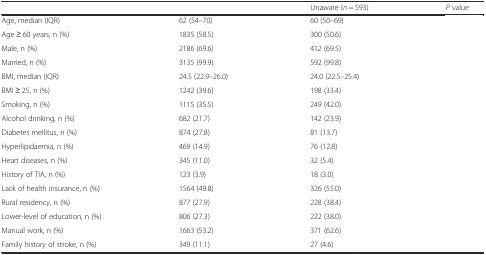
<table><thead><tr><td>[EMPTY_CELL]</td><td>[EMPTY_CELL]</td><td><b>Unaware (<i>n</i> = 593)</b></td><td><b><i>P</i> value</b></td></tr></thead><tbody><tr><td>Age, median (IQR)</td><td>62 (54–70)</td><td>60 (50–69)</td><td>[EMPTY_CELL]</td></tr><tr><td>Age ≥ 60 years, n (%)</td><td>1835 (58.5)</td><td>300 (50.6)</td><td>[EMPTY_CELL]</td></tr><tr><td>Male, n (%)</td><td>2186 (69.6)</td><td>412 (69.5)</td><td>[EMPTY_CELL]</td></tr><tr><td>Married, n (%)</td><td>3135 (99.9)</td><td>592 (99.8)</td><td>[EMPTY_CELL]</td></tr><tr><td>BMI, median (IQR)</td><td>24.5 (22.9–26.0)</td><td>24.0 (22.5–25.4)</td><td>[EMPTY_CELL]</td></tr><tr><td>BMI ≥ 25, n (%)</td><td>1242 (39.6)</td><td>198 (33.4)</td><td>[EMPTY_CELL]</td></tr><tr><td>Smoking, n (%)</td><td>1115 (35.5)</td><td>249 (42.0)</td><td>[EMPTY_CELL]</td></tr><tr><td>Alcohol drinking, n (%)</td><td>682 (21.7)</td><td>142 (23.9)</td><td>[EMPTY_CELL]</td></tr><tr><td>Diabetes mellitus, n (%)</td><td>874 (27.8)</td><td>81 (13.7)</td><td>[EMPTY_CELL]</td></tr><tr><td>Hyperlipidaemia, n (%)</td><td>469 (14.9)</td><td>76 (12.8)</td><td>[EMPTY_CELL]</td></tr><tr><td>Heart diseases, n (%)</td><td>345 (11.0)</td><td>32 (5.4)</td><td>[EMPTY_CELL]</td></tr><tr><td>History of TIA, n (%)</td><td>123 (3.9)</td><td>18 (3.0)</td><td>[EMPTY_CELL]</td></tr><tr><td>Lack of health insurance, n (%)</td><td>1564 (49.8)</td><td>326 (55.0)</td><td>[EMPTY_CELL]</td></tr><tr><td>Rural residency, n (%)</td><td>877 (27.9)</td><td>228 (38.4)</td><td>[EMPTY_CELL]</td></tr><tr><td>Lower-level of education, n (%)</td><td>806 (27.3)</td><td>222 (38.0)</td><td>[EMPTY_CELL]</td></tr><tr><td>Manual work, n (%)</td><td>1663 (53.2)</td><td>371 (62.6)</td><td>[EMPTY_CELL]</td></tr><tr><td>Family history of stroke, n (%)</td><td>349 (11.1)</td><td>27 (4.6)</td><td>[EMPTY_CELL]</td></tr></tbody></table>